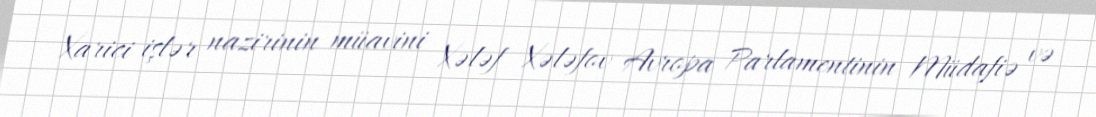
Xarici işlər nazirinin müavini Xələf Xələfov Avropa Parlamentinin Müdafiə və